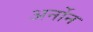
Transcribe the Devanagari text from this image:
अर्नोन